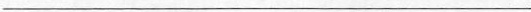
___